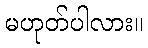
မဟုတ်ပါလား။